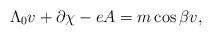
LaTeX: \begin{align*}\Lambda_0 v + \partial\chi -eA = m\cos{\beta} v ,\end{align*}